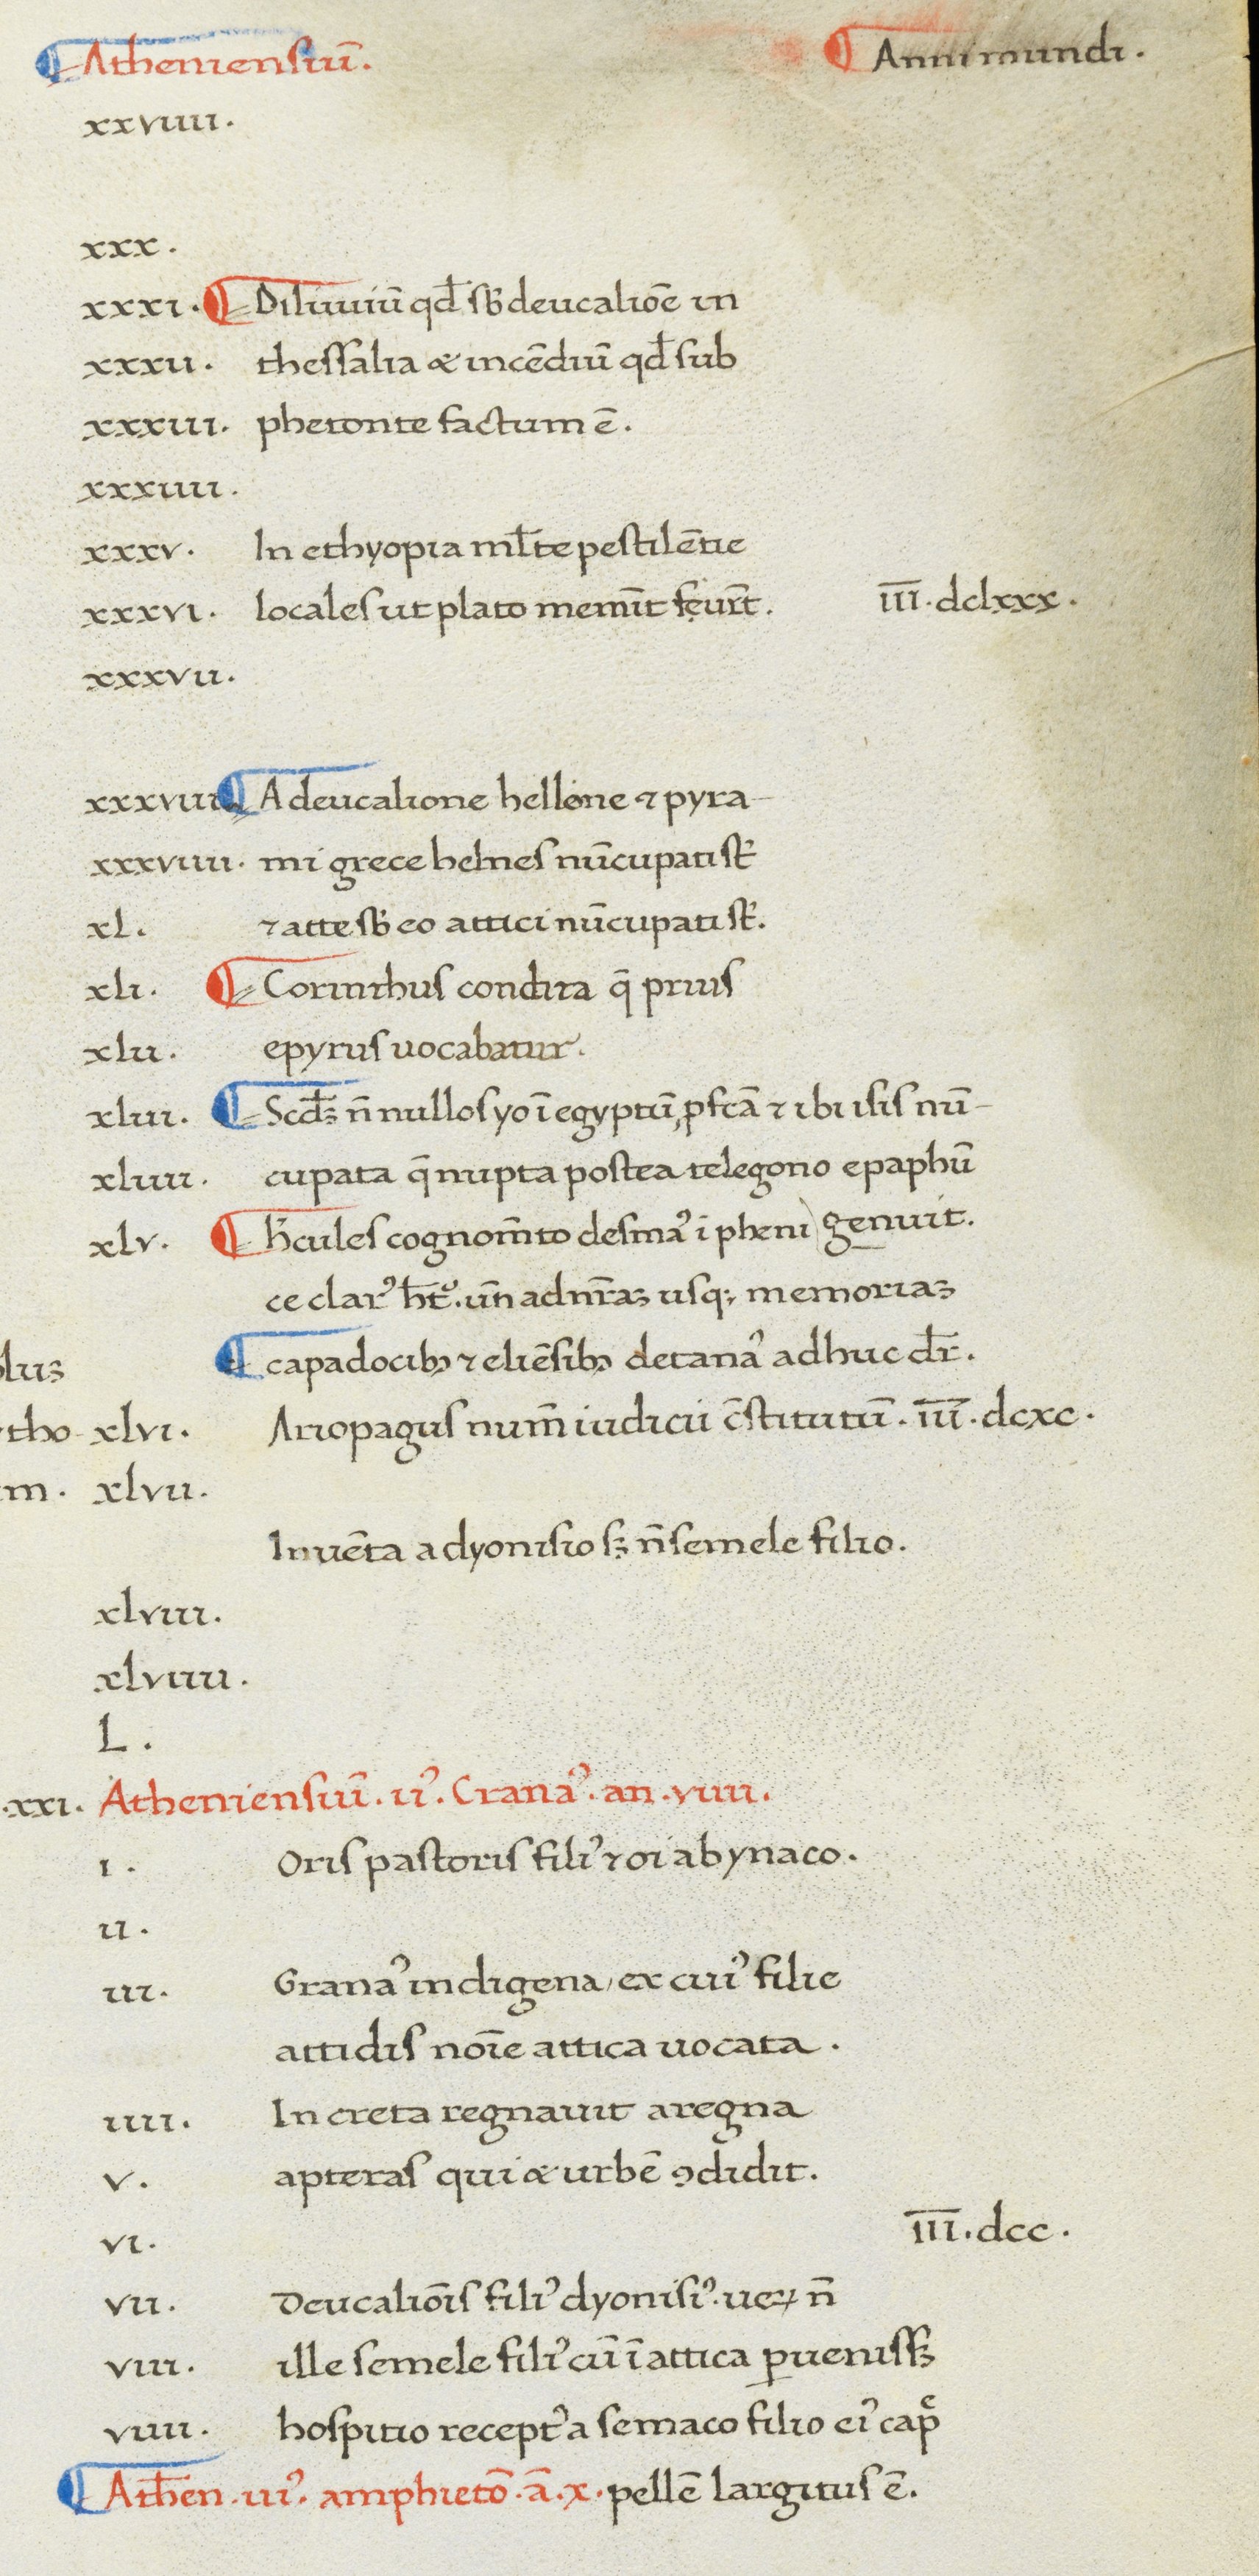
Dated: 1380–1420